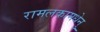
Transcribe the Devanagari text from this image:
रामलकामधेनु